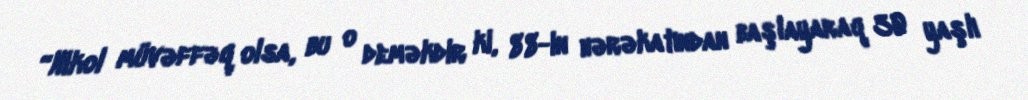
“Nikol müvəffəq olsa, bu o deməkdir ki, 88-in hərəkatından başlayaraq 30 yaşlı